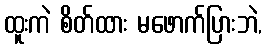
ထူးကဲ စိတ်ထား မဖောက်ပြားဘဲ,